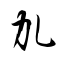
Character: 劜